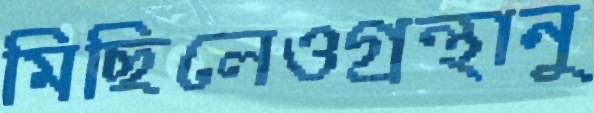
মিছিলেওগ্রন্থানু